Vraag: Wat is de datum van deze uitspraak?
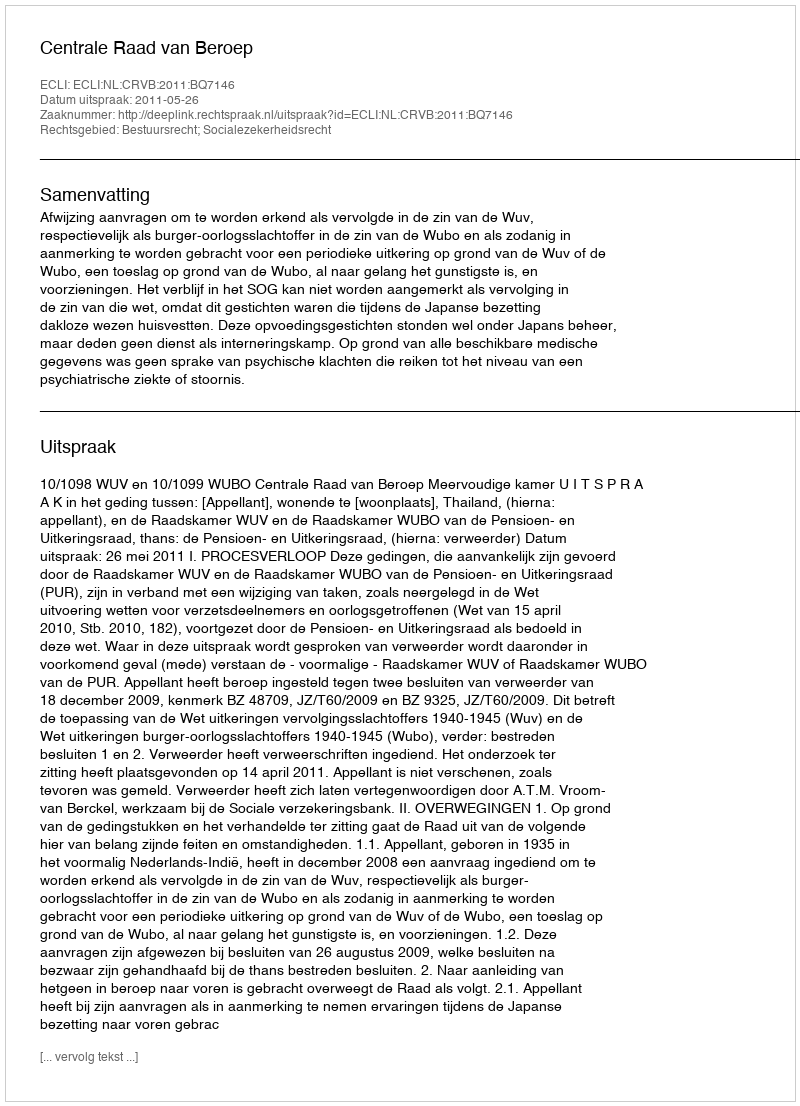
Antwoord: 2011-05-26